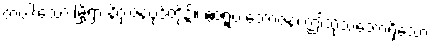
တပါးသော မြို့ရွာ နိဂုံးဇနပုဒ်တို့၌။ ဧဝရူပံ ဘောဇနံ၊ ဤသို့သဘောရှိသော